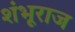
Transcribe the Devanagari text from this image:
शंभूराज